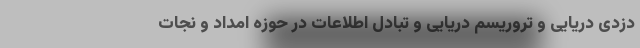
دزدی دریایی و تروریسم دریایی و تبادل اطلاعات در حوزه امداد و نجات